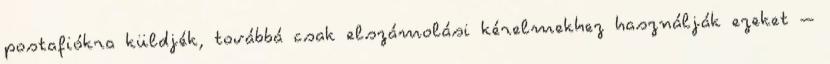
postafiókra küldjék, továbbá csak elszámolási kérelmekhez használják ezeket –